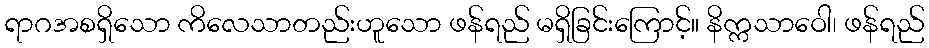
ရာဂအစရှိသော ကိလေသာတည်းဟူသော ဖန်ရည် မရှိခြင်းကြောင့်။ နိက္ကသာဝေါ၊ ဖန်ရည်